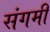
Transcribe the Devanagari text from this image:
संगमीं